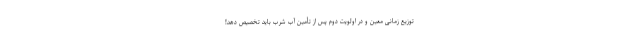
توزیع زمانی معین و در اولویت دوم پس از تأمین آب شرب باید تخصیص دهد!